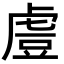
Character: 䖒